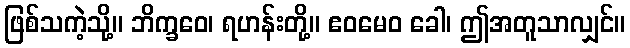
ဖြစ်သကဲ့သို့။ ဘိက္ခဝေ၊ ရဟန်းတို့။ ဧဝမေဝ ခေါ၊ ဤအတူသာလျှင်။